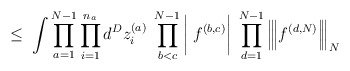
\begin{align*}\leq \;\int \prod_{a=1}^{N-1} \prod_{i=1}^{n_a} d^Dz_i^{(a)} \;\prod_{b<c}^{N-1} \bigg| \; f^{(b,c)} \bigg| \;\prod_{d=1}^{N-1}\Big|\!\Big|\!\Big| f^{(d,N)} \Big|\!\Big|\!\Big|_N\end{align*}